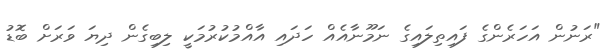
"ރަނުން އަހަރެންގެ ފައިތިލައިގެ ނަމޫނާއެއް ހަދައި އާއްމުކުރުމަކީ ލިބިގެން ދިޔަ ވަރަށް ބޮޑު